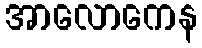
အာလောကေန